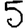
Digit: 5